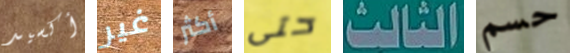
أكسيد غير أكثر حتى الثالث حسم